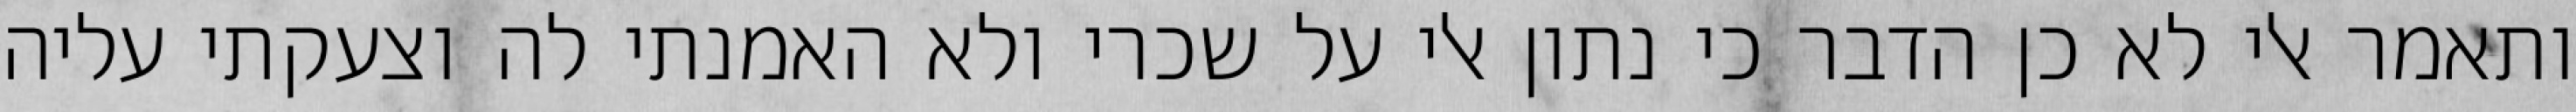
ותאמר אלי לא כן הדבר כי נתון אלי על שכרי ולא האמנתי לה וצעקתי עליה